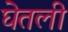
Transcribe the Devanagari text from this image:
घेेतली